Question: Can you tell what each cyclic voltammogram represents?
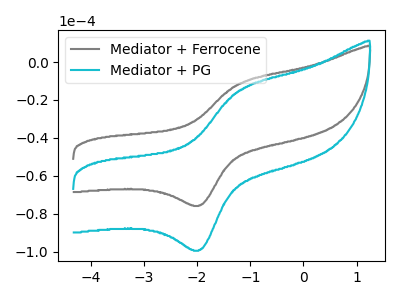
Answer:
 <answer>The gray curve is labeled "Mediator + Ferrocene". The cyan curve is labeled "Mediator + PG".</answer>
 <eval></eval>